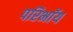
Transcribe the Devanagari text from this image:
परिभाॅय